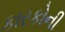
કારકોની